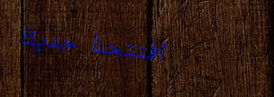
افتتحنا حديثاً